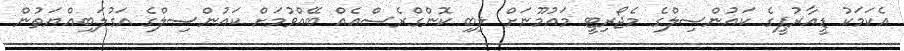
އެކަމަކު ޑީއާރުޕީގެ ކައުންސިލްގެ މެޖޯރިޓީ މައުމޫނަށް ލިބި ކޮންގްރެސްއެއް ބޭއްވުމަށް ކައުންސިލްގެ އަގުލަބިއްޔަތުން